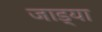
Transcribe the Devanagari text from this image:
जाड्या